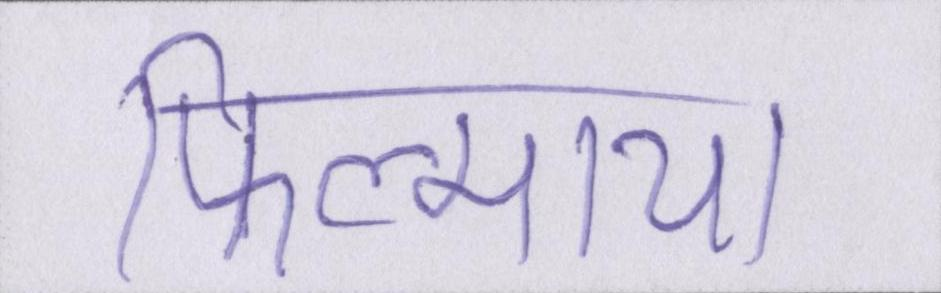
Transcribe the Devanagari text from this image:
फिल्माया